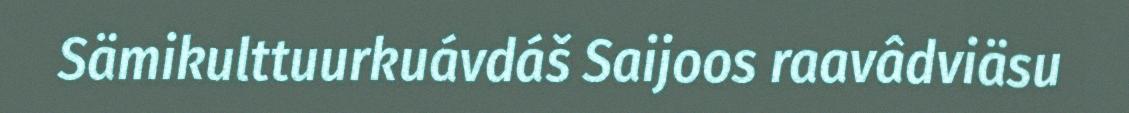
Sämikulttuurkuávdáš Saijoos raavâdviäsu